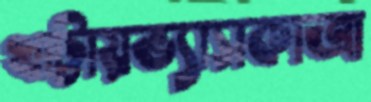
থাট্টায়ভ্যাসকাত্রা